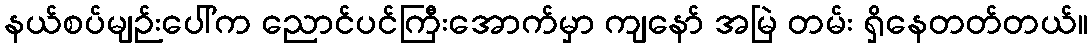
နယ်စပ်မျဉ်းပေါ်က ညောင်ပင်ကြီးအောက်မှာ ကျနော် အမြဲ တမ်း ရှိနေတတ်တယ်။